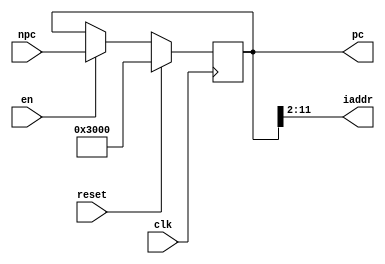
`timescale 1ns / 1ps
//////////////////////////////////////////////////////////////////////////////////
// Company: 
// Engineer: 
// 
// Design Name: 
// Module Name:    PC 
// Project Name: 
// Target Devices: 
// Tool versions: 
// Description: 
//
// Dependencies: 
//
// Revision: 
// Revision 0.01 - File Created
// Additional Comments: 
//
//////////////////////////////////////////////////////////////////////////////////
module PC(
    input [31:0] npc,
    input en,
    input clk,
    input reset,
    output [11:2] iaddr,
    output reg [31:0] pc
    );
	 
	 assign iaddr=pc[11:2];
	 initial begin
		pc<=32'h0000_3000;
	 end
	 always@(posedge clk)begin
		if(reset)begin
			pc<=32'h0000_3000;
		end
		else if(en)begin
			pc<=npc;
		end
	 end

endmodule